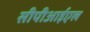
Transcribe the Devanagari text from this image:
सीपीआईएल